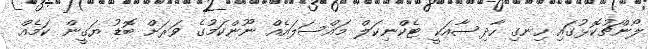
ލޯންޗުކޮޅުގައި ހިނގި ހާދިސާއަކީ ޓެކްނިކަލް މައްސަލައެއް ނޫންކަމުގެ ވަރަށް ބޮޑު ޔަގީން ކަމެއް